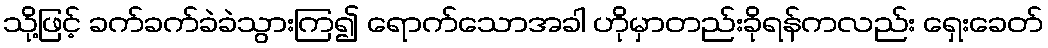
သို့ဖြင့် ခက်ခက်ခဲခဲသွားကြ၍ ရောက်သောအခါ ဟိုမှာတည်းခိုရန်ကလည်း ရှေးခေတ်